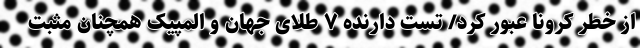
از خطر کرونا عبور کرد/ تست دارنده ۷ طلای جهان و المپیک همچنان مثبت